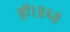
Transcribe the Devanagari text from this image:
हों।॥६॥